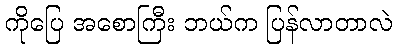
ကိုပြေ အစောကြီး ဘယ်က ပြန်လာတာလဲ